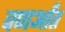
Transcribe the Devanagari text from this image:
वणर्आंत